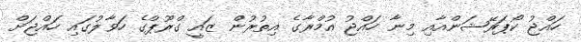
ހައްޖު ކޯޕަރޭޝަންއާއި މިނާ ހައްޖު އުމްރާގެ އިތުރުން ޒައީ ގްރޫޕްގެ ހަވާލުގައި ހައްޖަށް